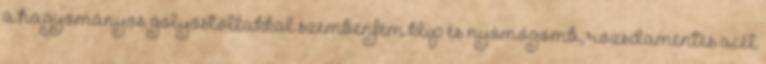
a hagyományos golyóstollakkal szembenfém klip és nyomógomb, rozsdamentes acél